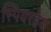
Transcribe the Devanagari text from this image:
स्पियरहेड